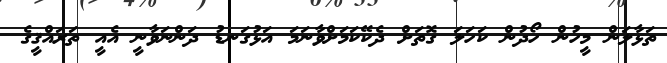
ތަޅާލަން މީހުން ހޯދުން ކަހަލަ ގޮތަށް ދެކޭކަމަށްވާނަމަ އަޅުގަނޑު ދަންނަވާނީ އެއީ ތަރައްޤީގެ